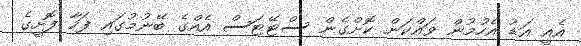
އެއީ އަޑު އެހުމުން ވައްކަން ކޮށްގެން ސްޓޭޓަސް އެއްގެ ބޭނުމުގައި ފަހާ ފޮށީގެ